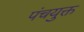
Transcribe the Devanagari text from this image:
पंचयुक्त